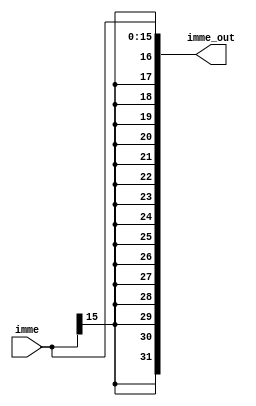
`timescale 1ns / 1ps
//////////////////////////////////////////////////////////////////////////////////
// 
// Design Name: sign extension
// Module Name: signextension
// Project Name: project 2
// Target Devices: FPGA borad
// Description: Sign extended the input to 32-bit number. 
// 
// Dependencies: imme[15:0]
//////////////////////////////////////////////////////////////////////////////////


module signextension(imme,imme_out);
input [15:0] imme;
output [31:0] imme_out;

reg [31:0] imme_out;
initial begin 
  imme_out=32'b0;
end
always @(imme)
  imme_out={{16{imme[15]}},imme[15:0]};
endmodule